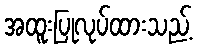
အထူးပြုလုပ်ထားသည့်